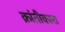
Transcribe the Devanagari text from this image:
क्रांतीकारा